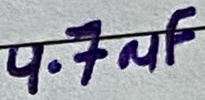
Text: 4.7µF